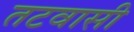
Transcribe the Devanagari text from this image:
तटवासी